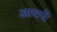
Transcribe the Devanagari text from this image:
आयचे